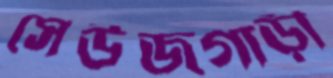
সেউজগাড়ী